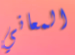
المعاني